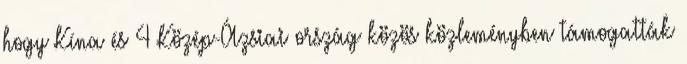
hogy Kína és 4 Közép-Ázsiai ország közös közleményben támogatták